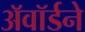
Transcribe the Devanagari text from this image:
अॅवॉर्डने